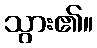
သွား၏။